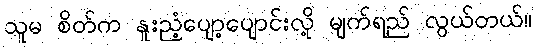
သူမ စိတ်က နူးညံ့ပျော့ပျောင်းလို့ မျက်ရည် လွယ်တယ်။